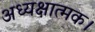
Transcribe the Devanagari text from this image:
अध्यक्षात्मक।